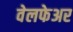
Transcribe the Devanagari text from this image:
वेलफेअर